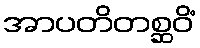
အာပတိတစ္ဆဝိံ